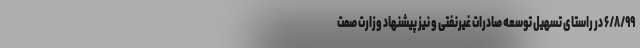
۶/۸/۹۹ در راستای تسهیل توسعه صادرات غیرنفتی و نیز پیشنهاد وزارت صمت